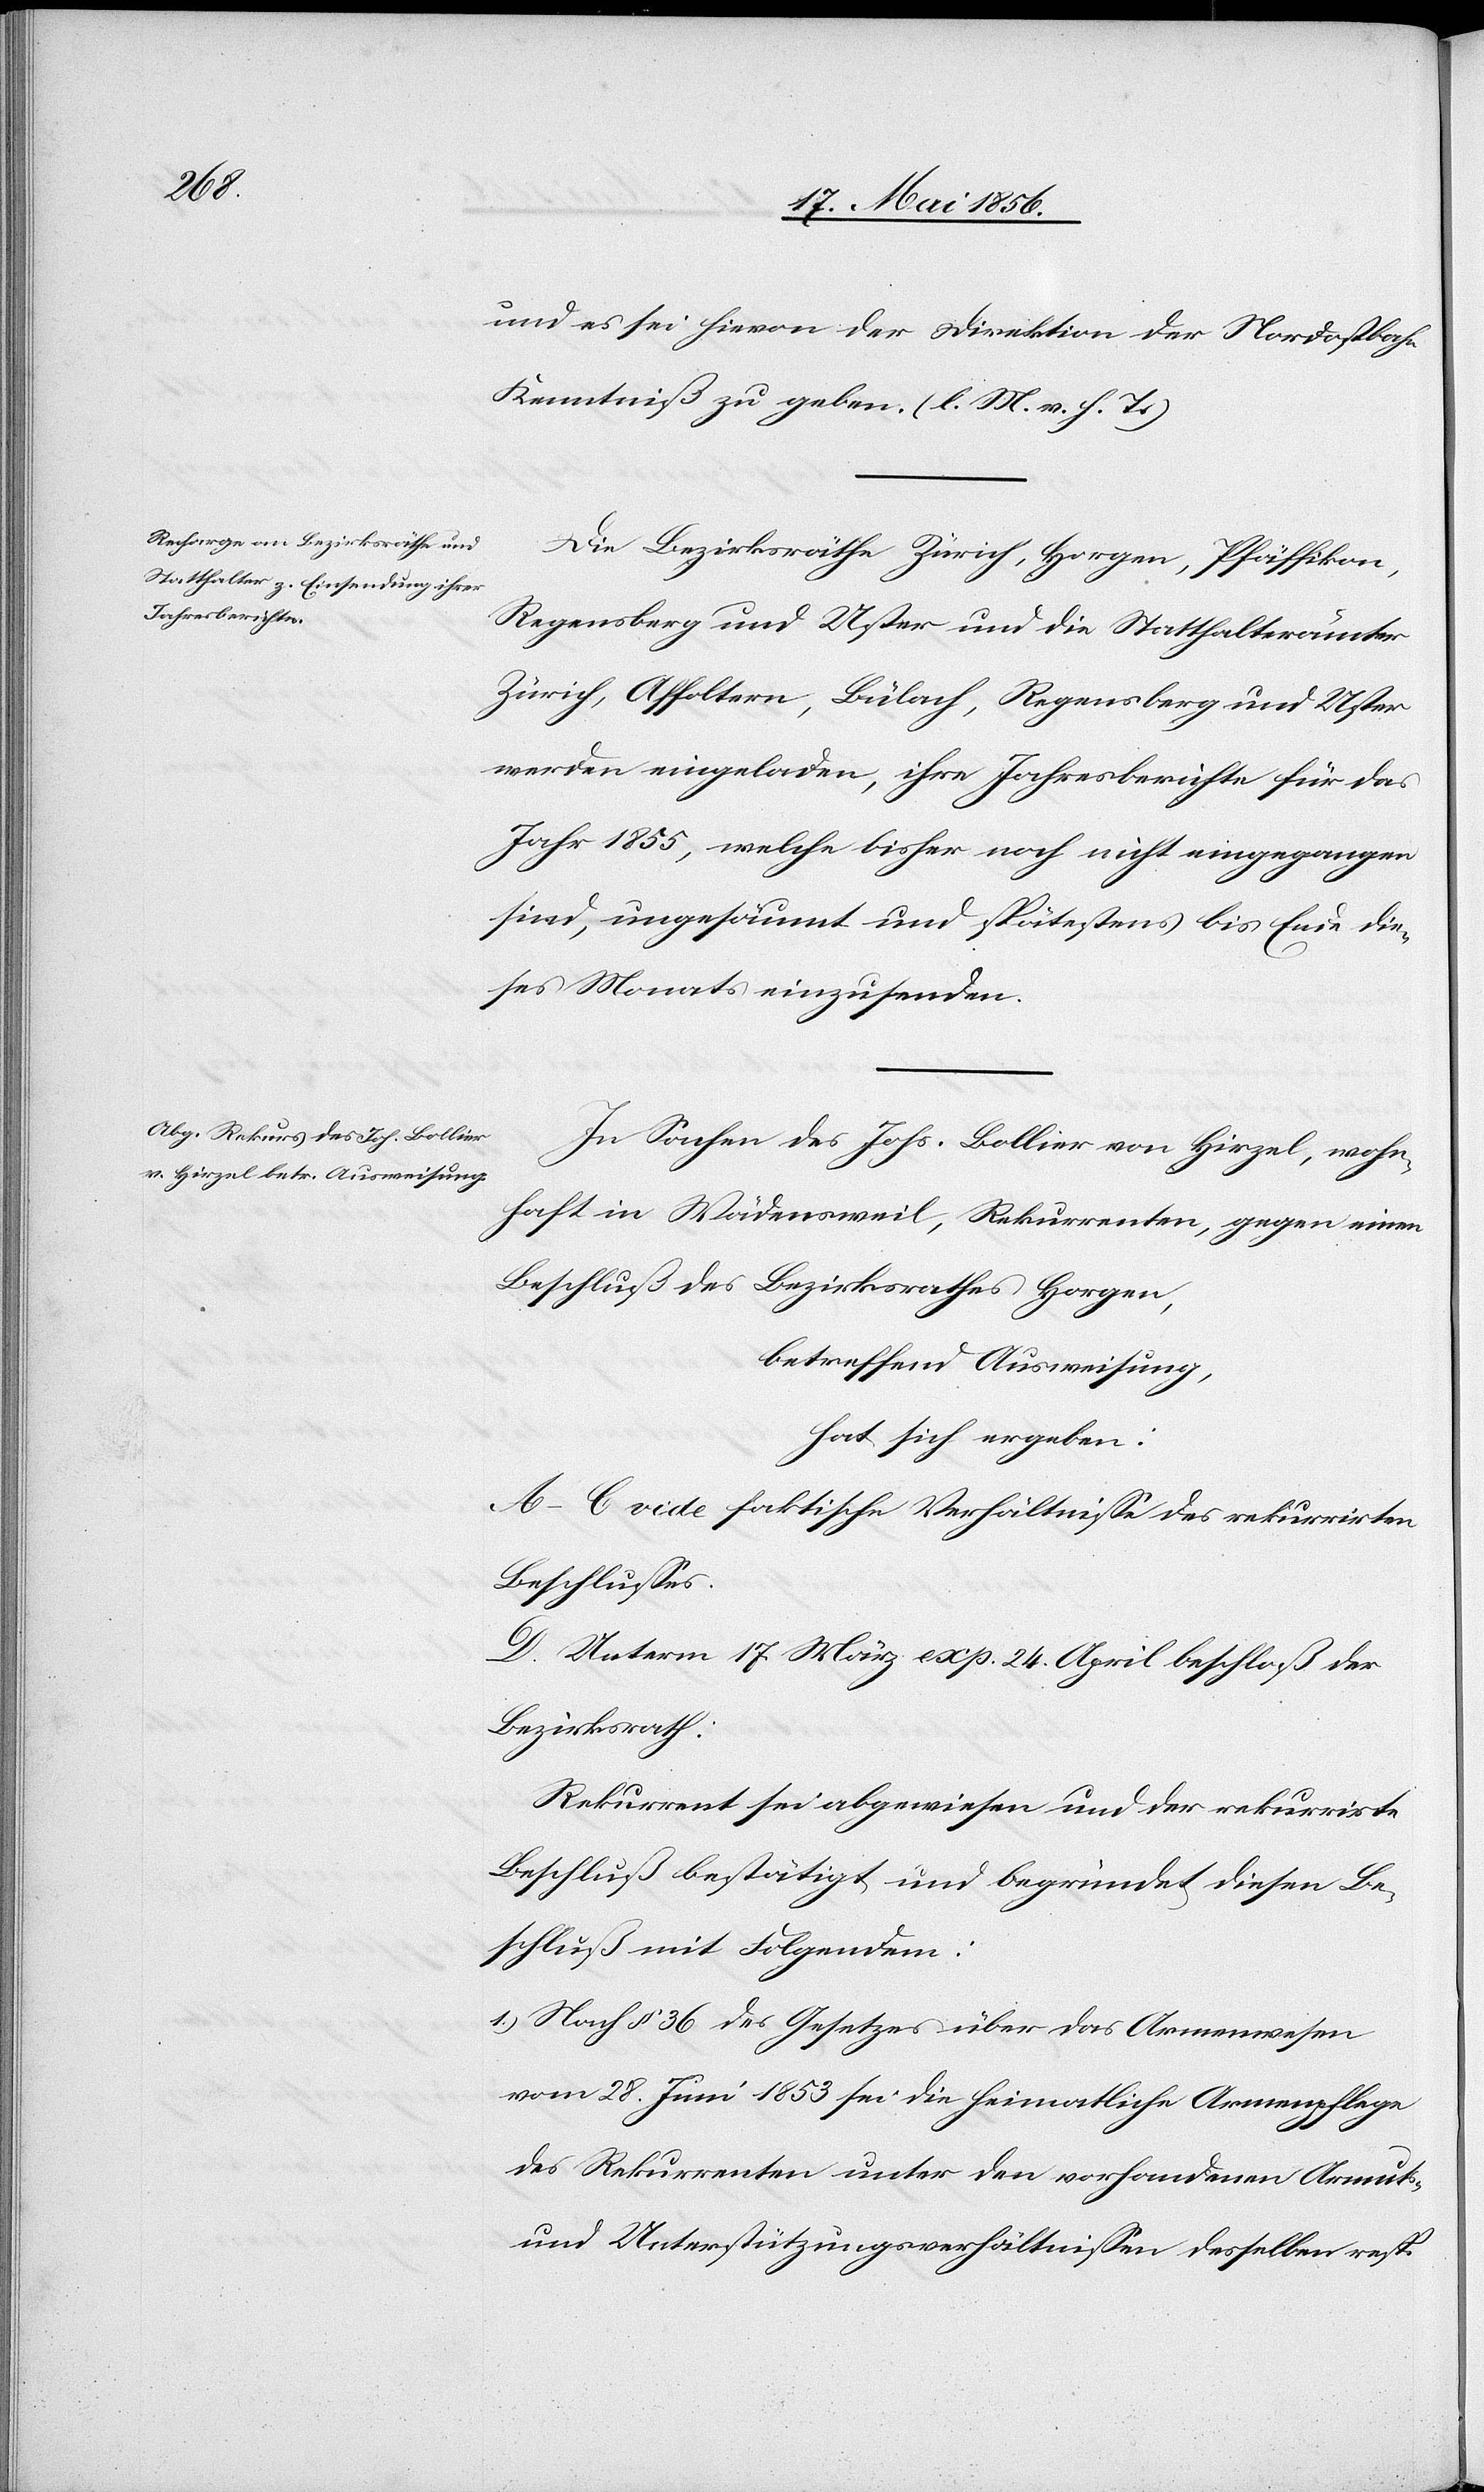
und es sei hievon der Direktion der Nordostbahn
Kenntniß zu geben. (l. M. v. h. T.)
Die Bezirksräthe Zürich, Horgen, Pfäffikon,
Regensberg und Uster und die Statthalterämter
Zürich, Affoltern, Bülach, Regensberg und Uster
werden eingeladen, ihre Jahresberichte für das
Jahr 1855, welche bisher noch nicht eingegangen
sind, ungesäumt und spätestens bis Ende die¬
ses Monats einzusenden.
In Sachen des Johs. Bollier von Hirzel, wohn¬
haft in Wädensweil, Rekurrenten, gegen einen
Beschluß des Bezirksrathes Horgen,
betreffend Ausweisung,
hat sich ergeben:
A–C[.] vide faktische Verhältnisse des rekurrirten
Beschlusses.
D. Unterm 17. März exp. 24. April beschloß der
Bezirksrath:
Rekurrent sei abgewiesen und der rekurrirte
Beschluß bestätigt und begründet diesen Be¬
schluß mit Folgendem:
1.) Nach § 36 des Gesetzes über das Armenwesen
vom 28. Juni 1853 sei die heimatliche Armenpflege
des Rekurrenten unter den vorhandenen Armuts-
und Unterstützungsverhältnissen desselben resp.